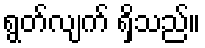
ရွတ်လျက် ရှိသည်။